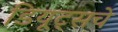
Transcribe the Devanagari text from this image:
डियूट्सचे